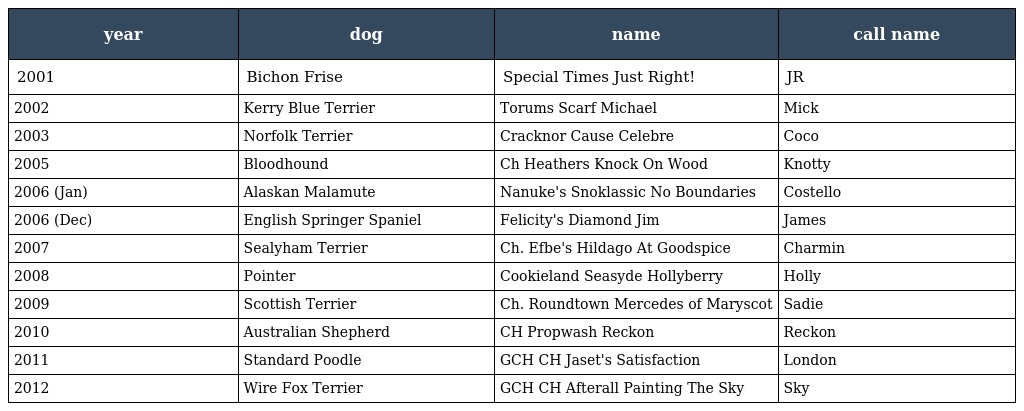
| year | dog | name | call name |
 | --- | --- | --- | --- |
 | 2001 | Bichon Frise | Special Times Just Right! | JR |
 | 2002 | Kerry Blue Terrier | Torums Scarf Michael | Mick |
 | 2003 | Norfolk Terrier | Cracknor Cause Celebre | Coco |
 | 2005 | Bloodhound | Ch Heathers Knock On Wood | Knotty |
 | 2006 (Jan) | Alaskan Malamute | Nanuke's Snoklassic No Boundaries | Costello |
 | 2006 (Dec) | English Springer Spaniel | Felicity's Diamond Jim | James |
 | 2007 | Sealyham Terrier | Ch. Efbe's Hildago At Goodspice | Charmin |
 | 2008 | Pointer | Cookieland Seasyde Hollyberry | Holly |
 | 2009 | Scottish Terrier | Ch. Roundtown Mercedes of Maryscot | Sadie |
 | 2010 | Australian Shepherd | CH Propwash Reckon | Reckon |
 | 2011 | Standard Poodle | GCH CH Jaset's Satisfaction | London |
 | 2012 | Wire Fox Terrier | GCH CH Afterall Painting The Sky | Sky |